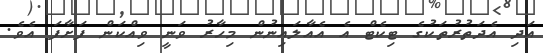
އަދި އެދަތުރުތަކުގެ ޓިކެޓް އެ އެއާލައިނުން މިހާރު ވަނީ ވިއްކަން ފަށާފަ އެވެ.